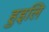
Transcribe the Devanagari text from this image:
हुइलि